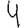
Digit: 4